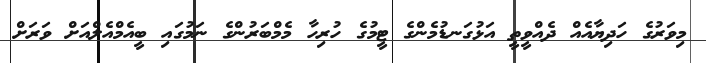
މިވަރުގެ ހަދިޔާއެއް ދެއްވީތީ އަޅުގަނޑުމެންގެ ޓީމުގެ ހުރިހާ މެމްބަރުންގެ ނަމުގައި ބީއެމްއެލްއަށް ވަރަށް